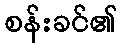
စန်းခင်၏